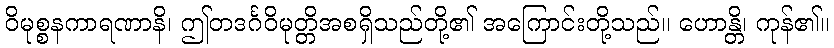
ဝိမုစ္စနကာရဏာနိ၊ ဤတဒင်္ဂဝိမုတ္တိအစရှိသည်တို့၏ အကြောင်းတို့သည်။ ဟောန္တိ၊ ကုန်၏။